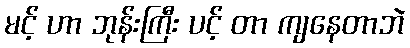
မင့် ဟာ ဘုန်းကြီး ပင့် တာ ကျနေတာဘဲ